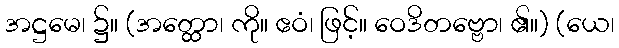
အဋ္ဌမေ၊ ၌။ (အတ္ထော၊ ကို။ ဧဝံ၊ ဖြင့်။ ဝေဒိတဗ္ဗော၊ ၏။) (ယေ၊